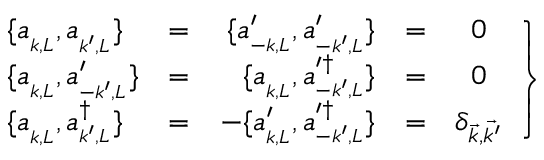
\left. { \begin{array} { l c r c c } { { \{ a _ { _ { k , L } } , a _ { _ { k ^ { \prime } , L } } \} } } & { { = } } & { { \; \{ a _ { _ { - k , L } } ^ { \prime } , a _ { _ { - k ^ { \prime } , L } } ^ { \prime } \} } } & { { = } } & { { 0 } } \\ { { \{ a _ { _ { k , L } } , a _ { _ { - k ^ { \prime } , L } } ^ { \prime } \} } } & { { = } } & { { \{ a _ { _ { k , L } } , a _ { _ { - k ^ { \prime } , L } } ^ { \prime \dagger } \} } } & { { = } } & { { 0 } } \\ { { \{ a _ { _ { k , L } } , a _ { _ { k ^ { \prime } , L } } ^ { \dagger } \} } } & { { = } } & { { - \{ a _ { _ { k , L } } ^ { \prime } , a _ { _ { - k ^ { \prime } , L } } ^ { \prime \dagger } \} } } & { { = } } & { { \delta _ { \vec { k } , \vec { k ^ { \prime } } } } } \end{array} } \right\}